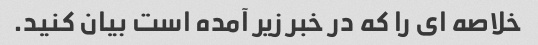
خلاصه ای را که در خبر زیر آمده است بیان کنید.